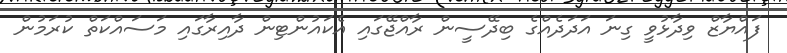
ފައްޔާޒް ވިދާޅުވީ ގިނަ އަދަދެއްގެ ބިދޭސީން ރާއްޖޭގައި އެކައުންޓިން ދާއިރާގައި މަސައްކަތް ކުރަމުން